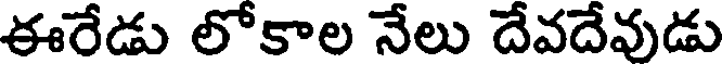
ఈరేడు లోకాల నేలు దేవదేవుడు